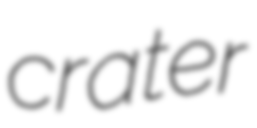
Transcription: crater